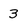
Character: 3